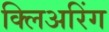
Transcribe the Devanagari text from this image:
क्लिअरिंग